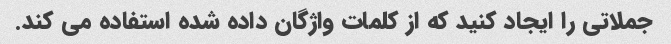
جملاتی را ایجاد کنید که از کلمات واژگان داده شده استفاده می کند.